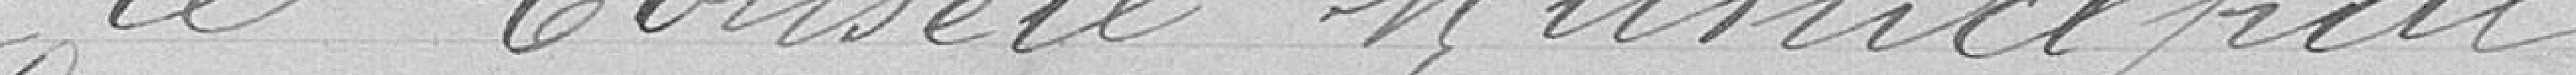
Le Conseil Municipal